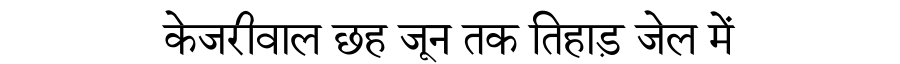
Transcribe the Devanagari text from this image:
केजरीवाल छह जून तक तिहाड़ जेल में